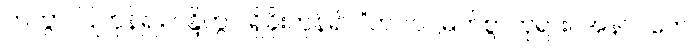
ကတွာ၊ ပြုကုန်၍။ ဝန္ဒိတွာ၊ ရှိခိုးကုန်၍။ “ဘဂဝါ၊ မြတ်စွာဘုရား။ အနာဂတေ၊